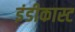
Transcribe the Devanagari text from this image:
इंडीकास्ट